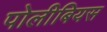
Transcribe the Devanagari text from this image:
पोलीबियस